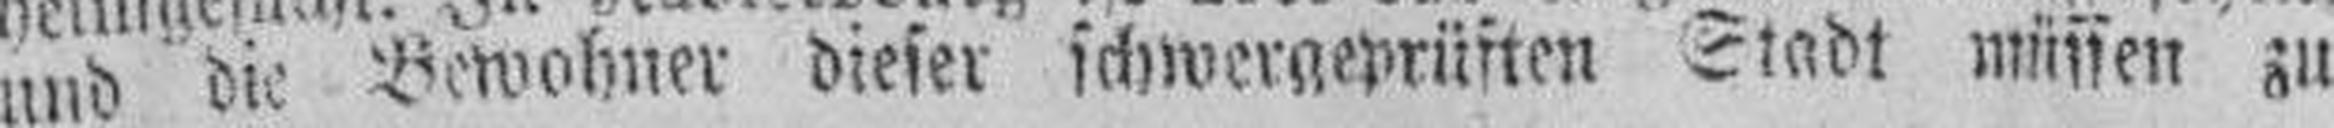
und die Bewohner dieser schwergeprüften Stadt müssen zu